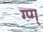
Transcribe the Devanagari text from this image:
ग्प्ग्